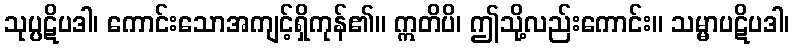
သုပ္ပဋိပဒါ၊ ကောင်းသောအကျင့်ရှိကုန်၏။ ဣတိပိ၊ ဤသို့လည်းကောင်း။ သမ္မာပဋိပဒါ၊